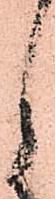
月